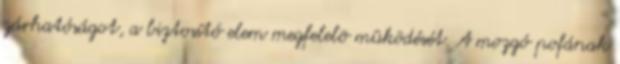
zárhatóságot, a biztosító elem megfelelõ mûködését. A mozgó pofának